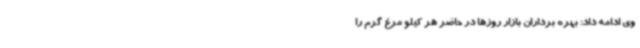
وی ادامه داد: بهره برداران بازار روزها در حاضر هر کیلو مرغ گرم را